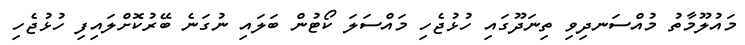
މައުލޫމާތު މުއްސަނދިވި ތިނަދޫގައި ހުޅުޖެހި މައްސަލަ ކޯޓުން ބަލައި ނުގަނެ ބޭރުކޮށްލައިފި ހުޅުޖެހި